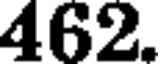
462.